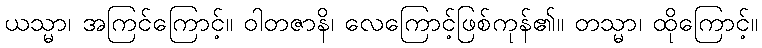
ယသ္မာ၊ အကြင်ကြောင့်။ ဝါတဇာနိ၊ လေကြောင့်ဖြစ်ကုန်၏။ တသ္မာ၊ ထိုကြောင့်။